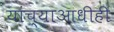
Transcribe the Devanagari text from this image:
यांच्याआधीही